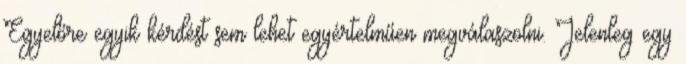
Egyelőre egyik kérdést sem lehet egyértelműen megválaszolni. Jelenleg egy